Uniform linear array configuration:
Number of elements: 16
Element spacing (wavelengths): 0.25
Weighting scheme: cosine
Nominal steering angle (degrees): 0
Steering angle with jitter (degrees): -0.9722
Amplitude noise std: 0.05
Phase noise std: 0.05

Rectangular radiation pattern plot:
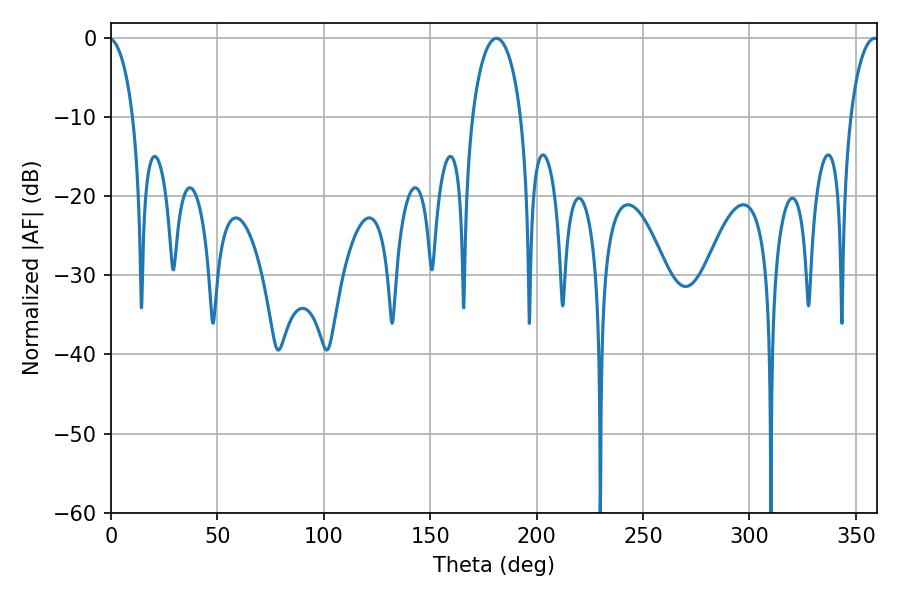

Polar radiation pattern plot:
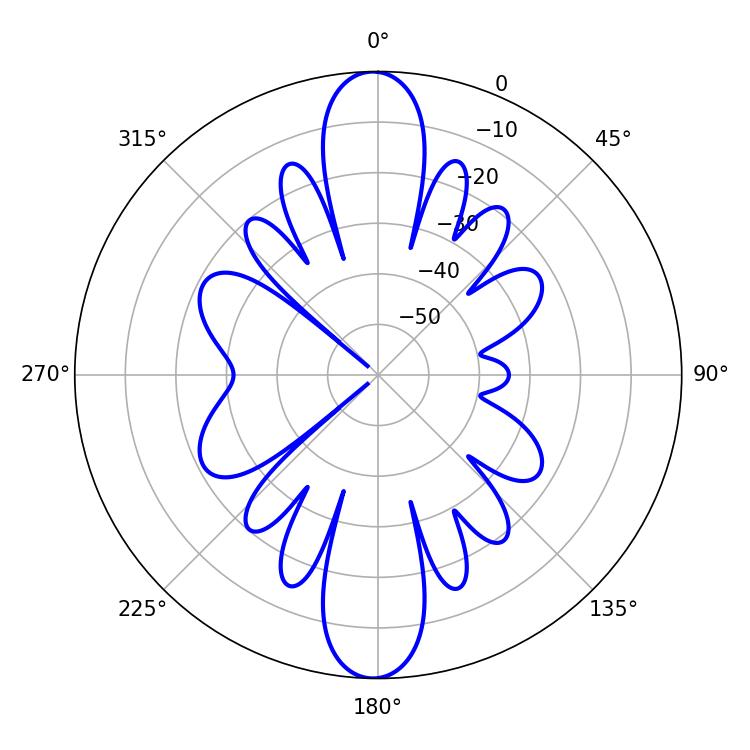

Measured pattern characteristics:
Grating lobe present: FALSE
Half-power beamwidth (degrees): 13.14
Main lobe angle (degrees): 181.08